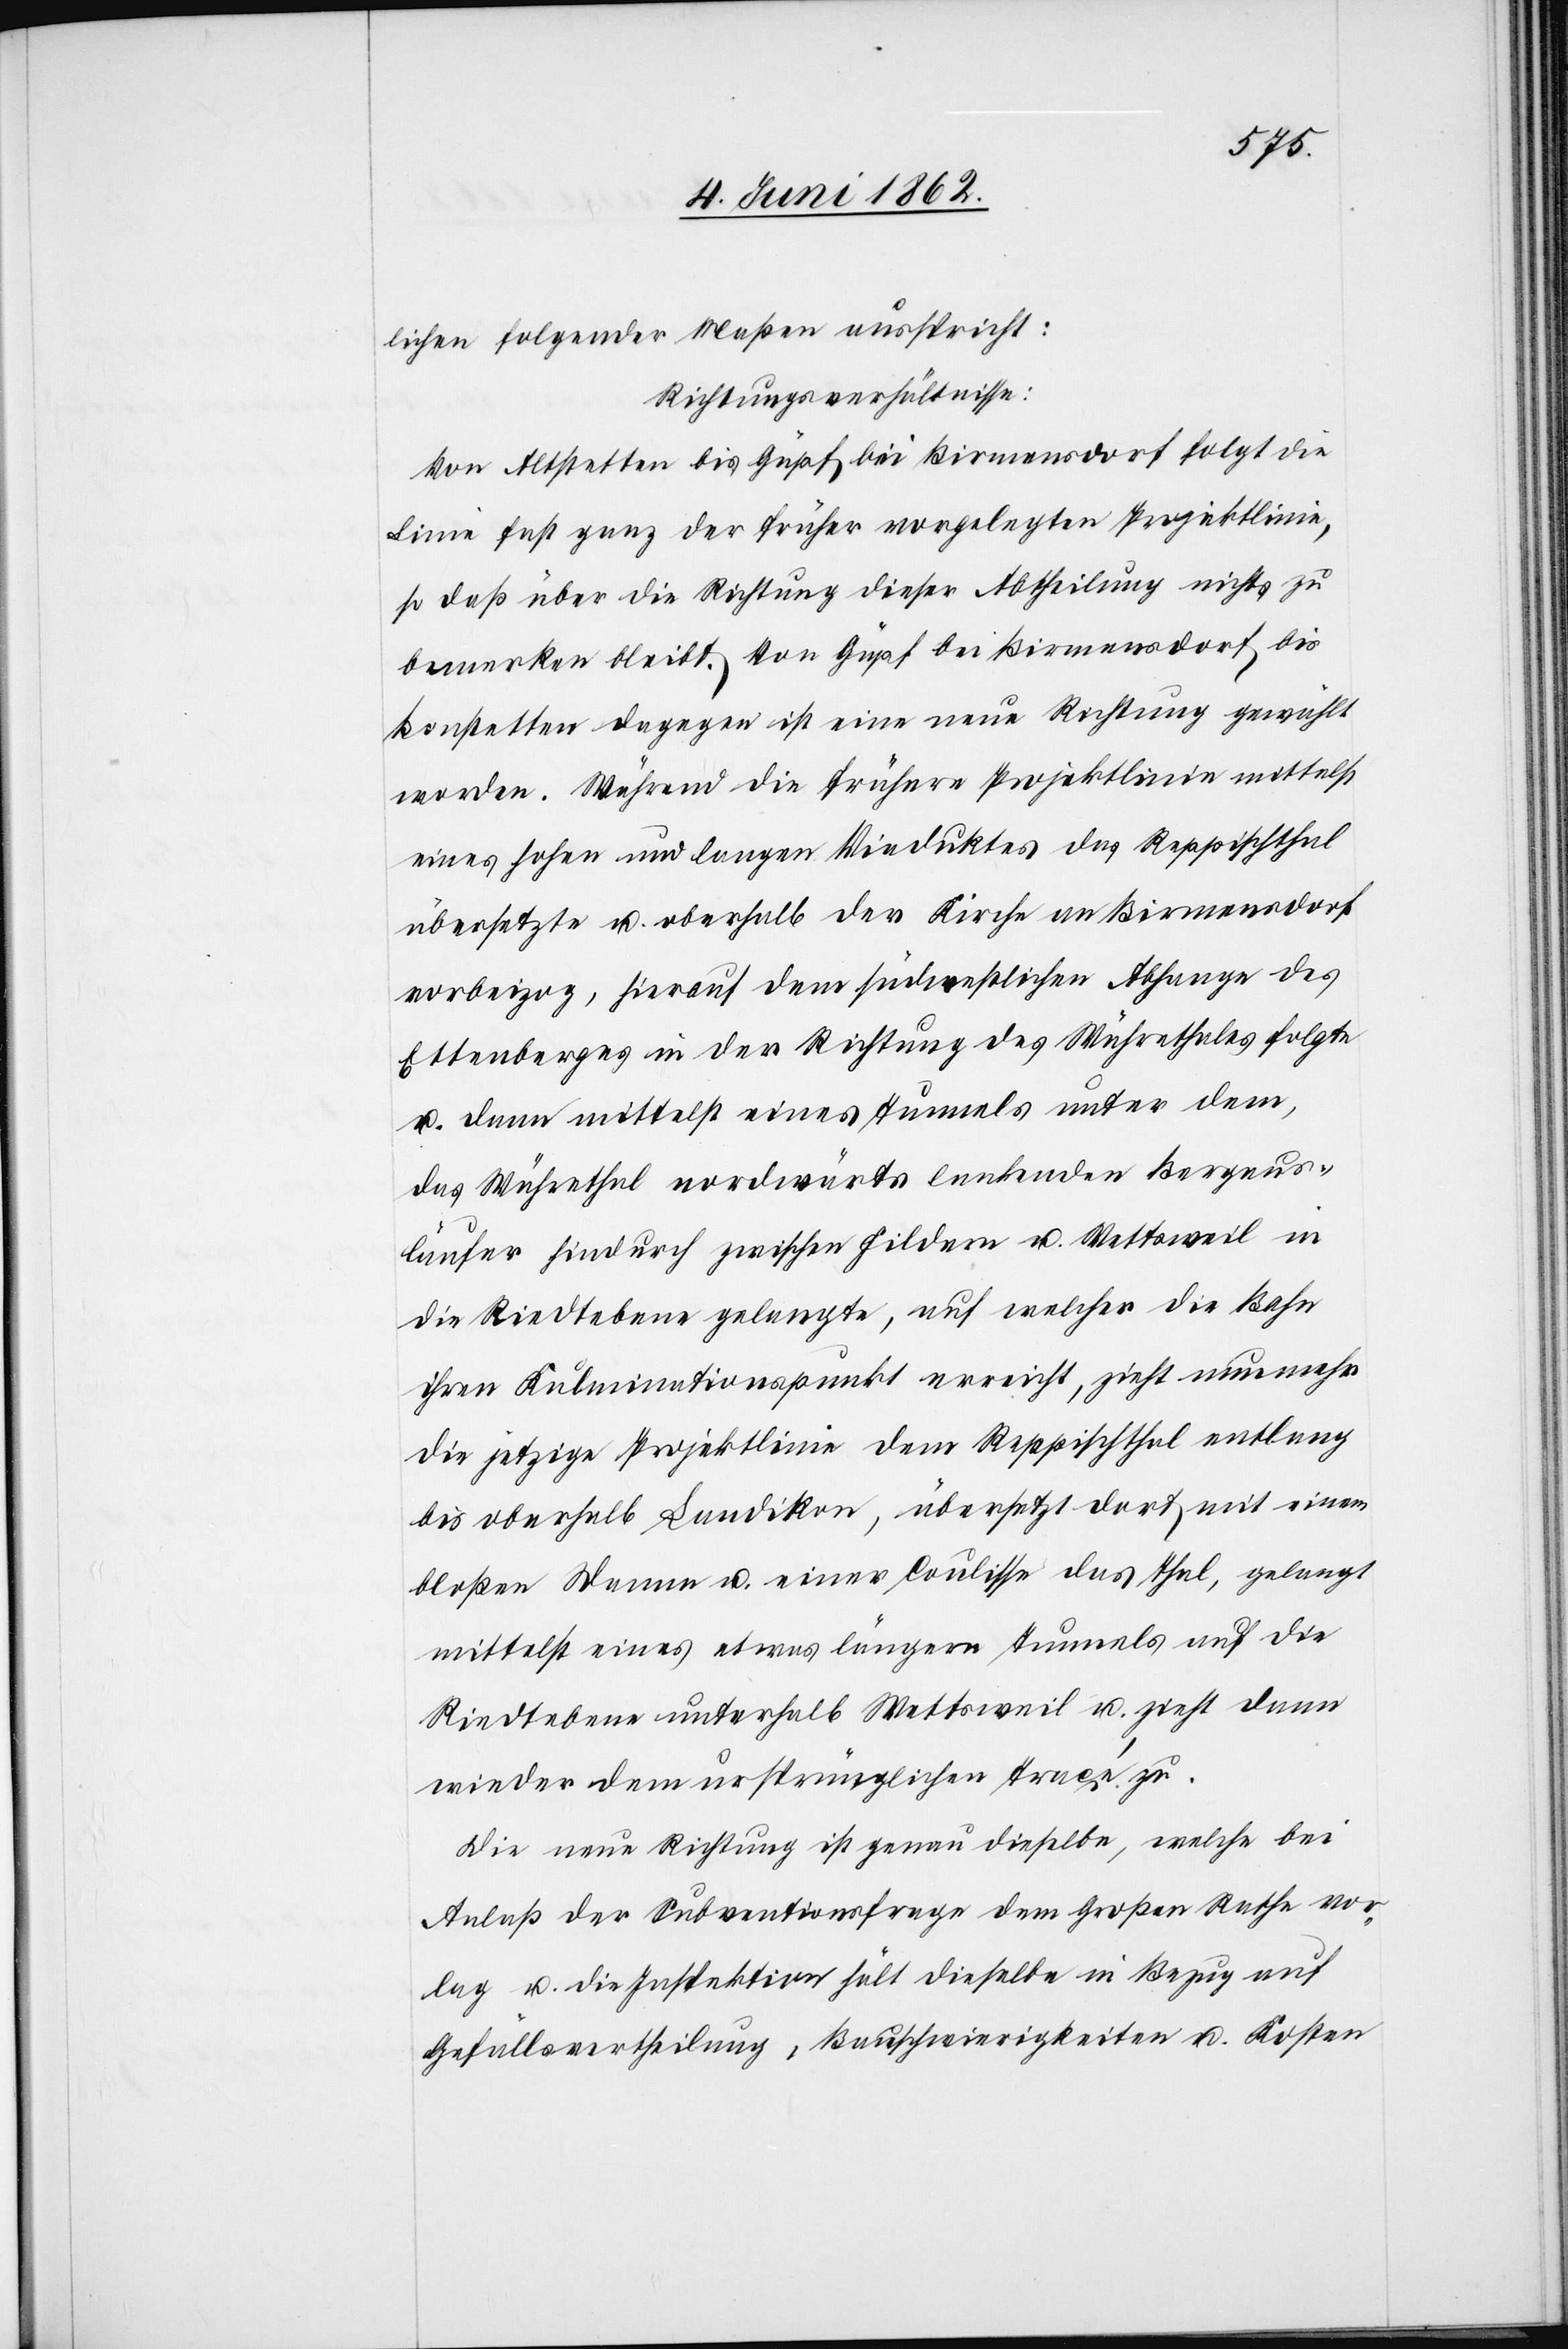
lichen folgender Maßen ausspricht:
Richtungsverhältnisse:
Von Altstetten bis Güpf bei Birmensdorf folgt die
Linie fast ganz der früher vorgelegten Projektlinie,
so daß über die Richtung dieser Abtheilung nichts zu
bemerken bleibt. Von Güpf bei Birmensdorf bis
Bonstetten dagegen ist eine neue Richtung gewählt
worden. Während die frühere Projektlinie mittelst
eines hohen und langen Viaduktes des Reppischthal
übersetzte u. oberhalb der Kirche an Birmensdorf
vorbeizog, hierauf dem südwestlichen Abhange des
Ettenberges in der Richtung des Wührethales folgte
u. dann mittelst eines Tunnels unter dem,
das Wührethal nordwärts lenkenden Bergaus¬
läufer hindurch zwischen Fildern u. Wettsweil in
die Riedtebene gelangte, auf welcher die Bahn
ihren Kulminationspunkt erreicht, zieht nunmehr
die jetzige Projektlinie dem Reppischthal entlang
bis oberhalb Landikon, übersetzt dort mit einem
bloßen Damme u. einer Coulisse das Thal, gelangt
mittelst eines etwas längern Tunnels auf die
Riedtebene unterhalb Wettsweil u. zieht dann
wieder dem ursprünglichen Traçé zu.
Die neue Richtung ist genau dieselbe, welche bei
Anlaß der Subventionsfrage dem Großen Rathe vor¬
lag u. die Inspektion hält dieselbe in Bezug auf
Gefällsvertheilung, Bauschwierigkeiten u. Kosten